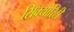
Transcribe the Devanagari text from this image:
सिक्‍योरिटी